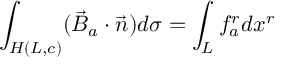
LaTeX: \int _ { H ( L , c ) } ( \vec { B } _ { a } \cdot \vec { n } ) d \sigma = \int _ { L } f _ { a } ^ { r } d x ^ { r }